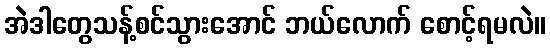
အဲဒါတွေသန့်စင်သွားအောင် ဘယ်လောက် စောင့်ရမလဲ။